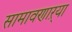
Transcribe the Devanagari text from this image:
सामावणाऱ्या